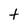
Character: t